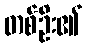
တစ်ဦး၏